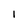
Character: l